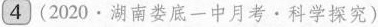
4(2020·湖南娄底一中月考·科学探究)